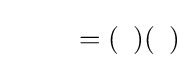
{\begin{matrix}(a\ b)\\[-60pt](c\ d)\end{matrix}}={\begin{pmatrix}a\\[-60pt]c\end{pmatrix}}{\begin{pmatrix}b\\[-60pt]d\end{pmatrix}}